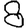
Digit: 8